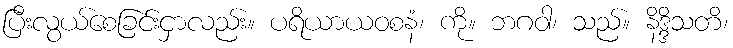
ပြီးလွယ်စေခြင်းငှာလည်း။ ပရိယာယဝစနံ၊ ကို။ ဘဂဝါ၊ သည်။ နိဒ္ဒိသတိ၊